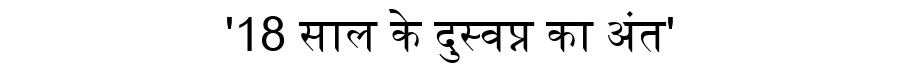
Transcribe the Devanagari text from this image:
'18 साल के दुस्वप्न का अंत'